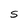
Character: S